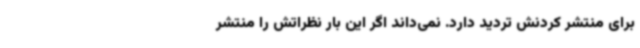
برای منتشر کردنش تردید دارد. نمی‌داند اگر این بار نظراتش را منتشر